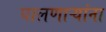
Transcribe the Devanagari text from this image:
घालणाऱ्यांना